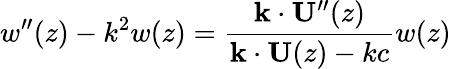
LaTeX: w^{\prime\prime}(z)-k^{2}w(z)=\frac{\mathbf{k}\cdot\mathbf{U}^{\prime\prime}(z)}{\mathbf{k}\cdot\mathbf{U}(z)-kc}w(z)